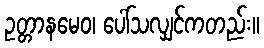
ဥတ္တာနမေဝ၊ ပေါ်သလျှင်ကတည်း။